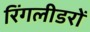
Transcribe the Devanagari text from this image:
रिंगलीडरों